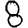
Digit: 8